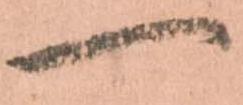
一